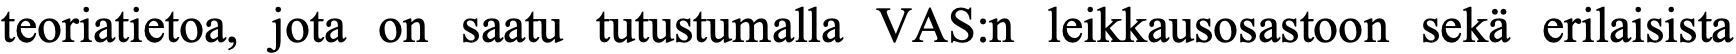
teoriatietoa, jota on saatu tutustumalla VAS:n leikkausosastoon sekä erilaisista